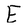
Character: E